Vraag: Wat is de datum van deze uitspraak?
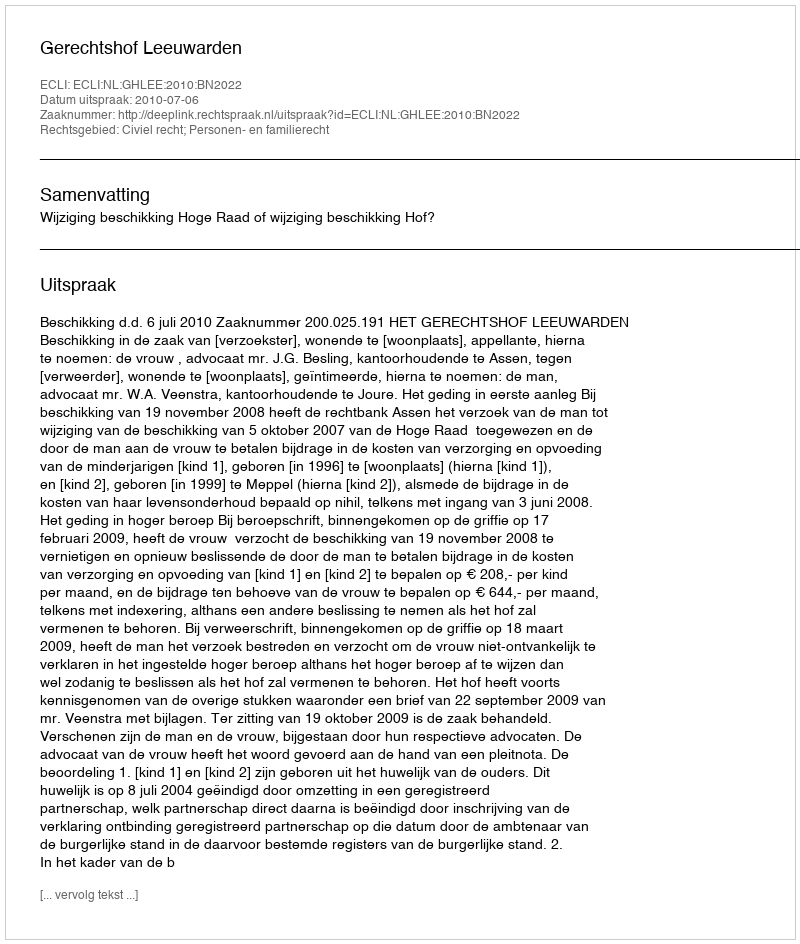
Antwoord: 2010-07-06